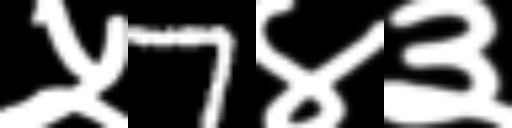
Text: ५7४३